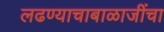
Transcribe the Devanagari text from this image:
लढण्याचाबाळाजींचा